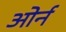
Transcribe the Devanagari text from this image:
ओर्न